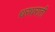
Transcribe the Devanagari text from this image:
थरथराती